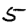
Digit: 5